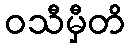
ဝသီမှီတိ